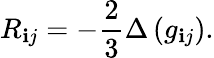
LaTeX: R_{\mathbf{i}j}=-{\frac{{2}}{{3}}}\Delta\left(g_{\mathbf{i}j}\right).